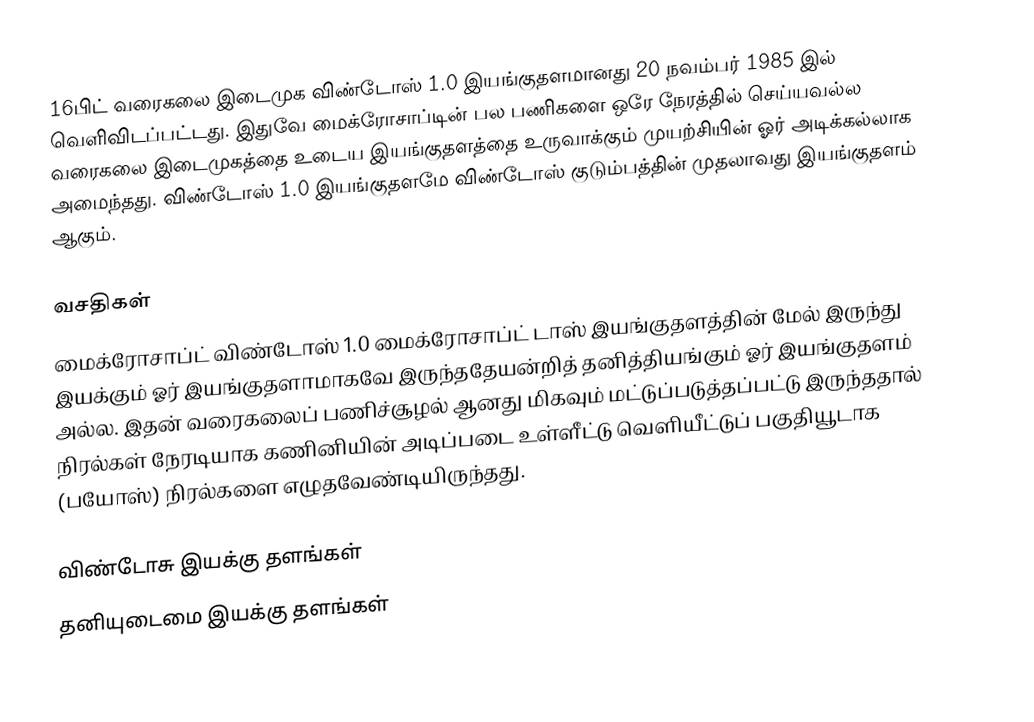
16பிட் வரைகலை இடைமுக விண்டோஸ் 1.0 இயங்குதளமானது 20 நவம்பர் 1985 இல் வெளிவிடப்பட்டது. இதுவே மைக்ரோசாப்டின் பல பணிகளை ஒரே நேரத்தில் செய்யவல்ல வரைகலை இடைமுகத்தை உடைய இயங்குதளத்தை உருவாக்கும் முயற்சியின் ஓர் அடிக்கல்லாக அமைந்தது. விண்டோஸ் 1.0 இயங்குதளமே விண்டோஸ் குடும்பத்தின் முதலாவது இயங்குதளம் ஆகும்.

வசதிகள்
மைக்ரோசாப்ட் விண்டோஸ் 1.0 மைக்ரோசாப்ட் டாஸ் இயங்குதளத்தின் மேல் இருந்து இயக்கும் ஓர் இயங்குதளாமாகவே இருந்ததேயன்றித் தனித்தியங்கும் ஓர் இயங்குதளம் அல்ல. இதன் வரைகலைப் பணிச்சூழல் ஆனது மிகவும் மட்டுப்படுத்தப்பட்டு இருந்ததால் நிரல்கள் நேரடியாக கணினியின் அடிப்படை உள்ளீட்டு வெளியீட்டுப் பகுதியூடாக (பயோஸ்) நிரல்களை எழுதவேண்டியிருந்தது.

விண்டோசு இயக்கு தளங்கள்
தனியுடைமை இயக்கு தளங்கள்